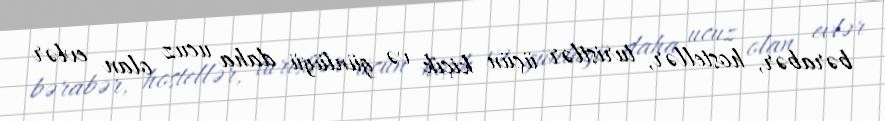
bərabər, hostellər, turistlər üçün kiçik və günlüyü daha ucuz olan evlər